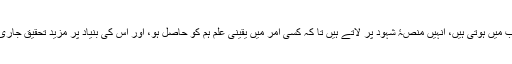
جو باتیں پردۂ غیب میں ہوتی ہیں، انہیں منصۂ شہود پر لاتے ہیں تا کہ کسی امر میں یقینی علم ہم کو حاصل ہو، اور اس کی بنیاد پر مزید تحقیق جاری رکھی جا سکے۔